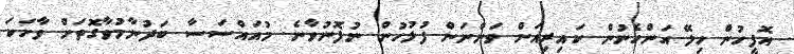
އޮފީހުން ހިލޭ އަންހެނުން ކައިރިއަށް ވަންނަން ފުލުހުން ނުފޮނުވާނެ. މުއައްސަސާ ބަދުނާމުވާގޮތަށް ވާހަކަ